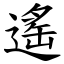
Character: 遙